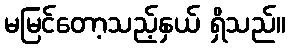
မမြင်တော့သည့်နှယ် ရှိသည်။